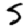
Digit: 5